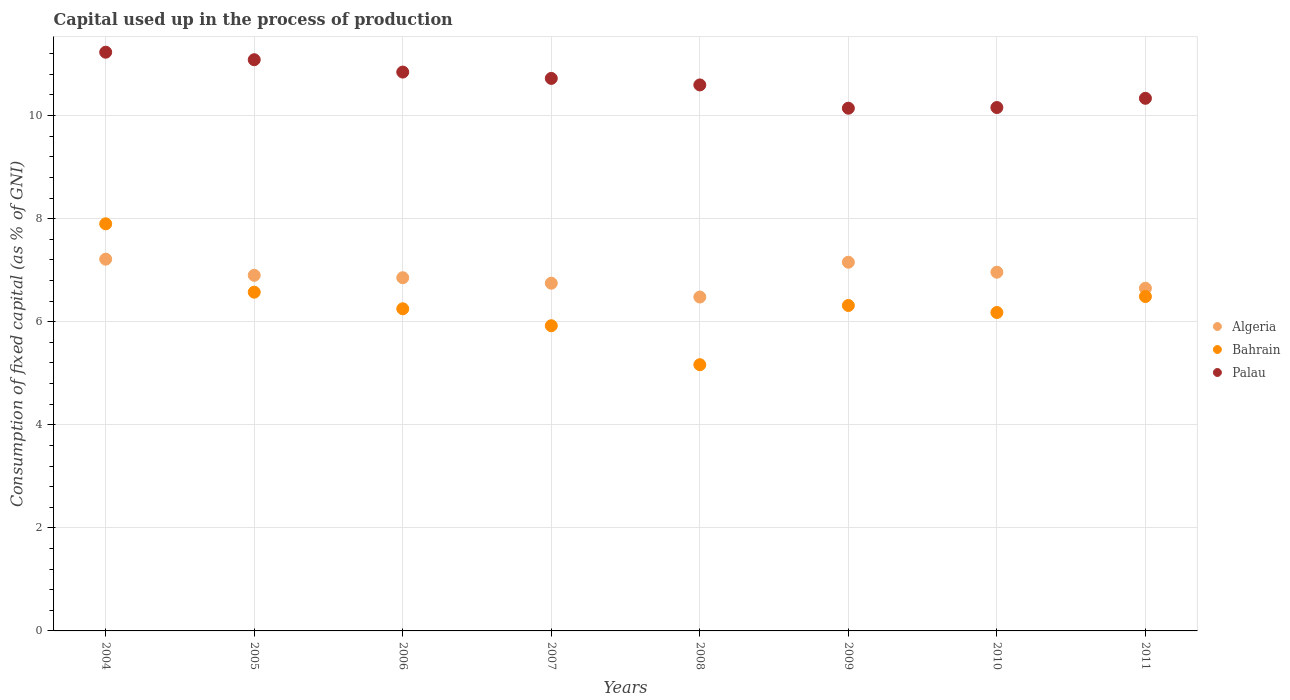
| Years | Algeria | Bahrain | Palau |
 | --- | --- | --- | --- |
 | 2004 | 7.21 | 7.9 | 11.2 |
 | 2005 | 6.9 | 6.57 | 11.1 |
 | 2006 | 6.85 | 6.25 | 10.8 |
 | 2007 | 6.75 | 5.92 | 10.7 |
 | 2008 | 6.48 | 5.17 | 10.6 |
 | 2009 | 7.15 | 6.32 | 10.1 |
 | 2010 | 6.96 | 6.18 | 10.2 |
 | 2011 | 6.65 | 6.49 | 10.3 |